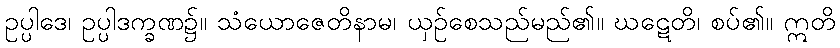
ဥပ္ပါဒေ၊ ဥပ္ပါဒက္ခဏ၌။ သံယောဇေတိနာမ၊ ယှဉ်စေသည်မည်၏။ ဃဋေတိ၊ စပ်၏။ ဣတိ